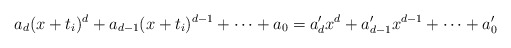
\begin{align*} a_d(x+t_i)^d + a_{d-1}(x+t_i)^{d-1}+\cdots+a_0 = a_d'x^d+a_{d-1}'x^{d-1}+\cdots+a_0' \end{align*}